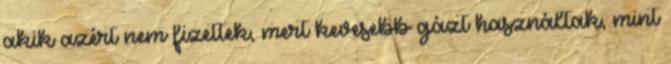
akik azért nem fizettek, mert kevesebb gázt használtak, mint